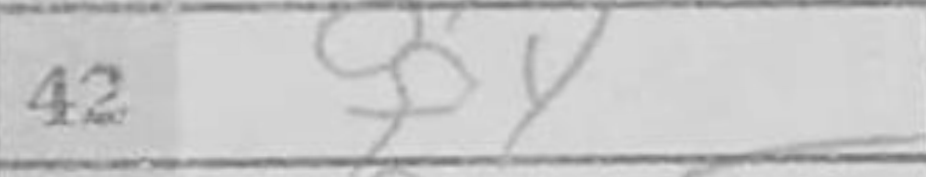
Transcription: f4